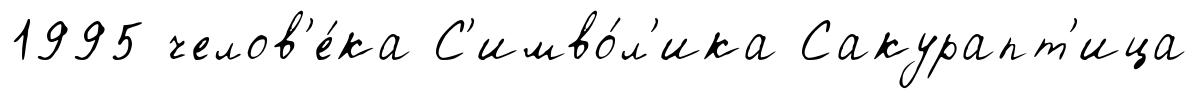
1995 челов'е́ка С'имво́л'ика Сакурапт'ица